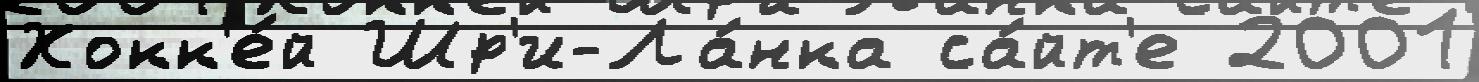
Хокк'е́й Шр'и-Ла́нка са́йт'е 2001